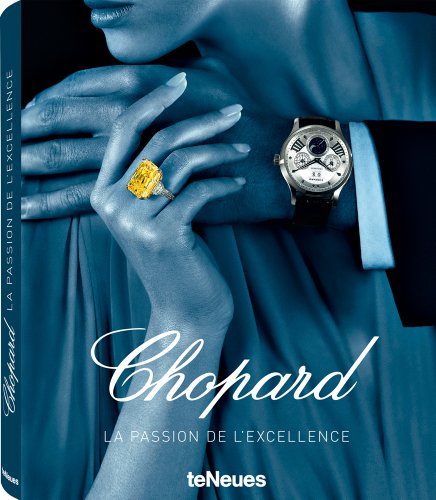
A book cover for Chopard: The Passion for Excellence 1860-2010; Salome Broussky; Crafts, Hobbies & Home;